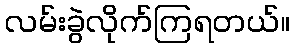
လမ်းခွဲလိုက်ကြရတယ်။